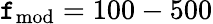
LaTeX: \mathtt{f}_{\mathrm{{mod}}}=100-500